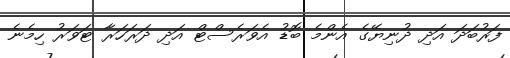
ފަރުބަދަ އަދި ދުނިޔޭގެ އެންމެ ބޮޑު އެވަރެސްޓް އަދި ދަރަހަރާ ޓަވަރު ހިމެނެ